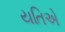
યતિએ